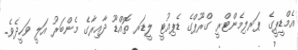
އެމްޑީޕީގެ ޕަރލިމެންޓްރީ ގްރޫޕްގެ ޑެޕިއުޓީ ލީޑަރ ތޮއްޑޫ ދާއިރާގެ މެންބަރު އަލީ ވަހީދެވެ.